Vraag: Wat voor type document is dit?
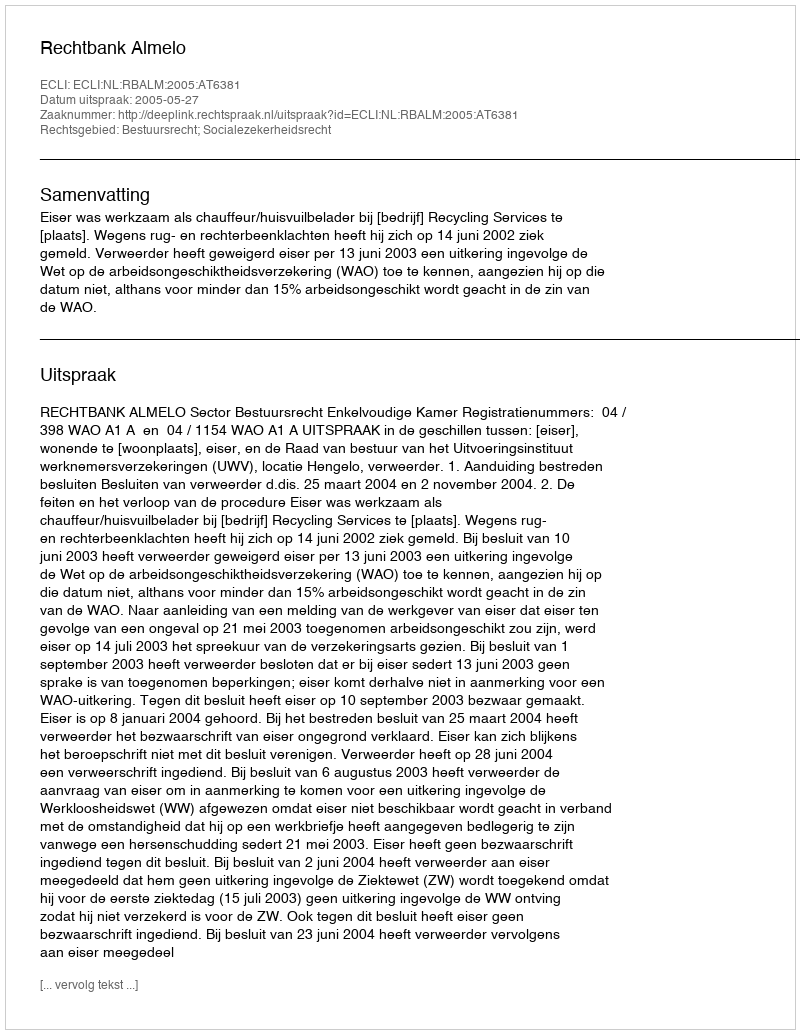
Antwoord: Uitspraak